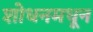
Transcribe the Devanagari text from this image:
शोधनमधून